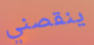
ينقصني